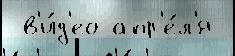
 в'и́д'ео апр'е́л'я